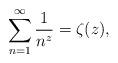
LaTeX: \begin{align*}\sum\limits_{n=1}^{\infty}\frac{1}{n^z}=\zeta(z),\end{align*}